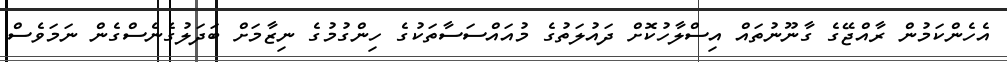
އެހެންކަމުން ރާއްޖޭގެ ގާނޫނުތައް އިސްލާހުކޮށް ދައުލަތުގެ މުއައްސަސާތަކުގެ ހިންގުމުގެ ނިޒާމަށް ބަދަލުގެނެސްގެން ނަމަވެސް